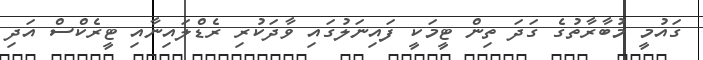
ގައުމީ މުބާރާތުގެ ގަދަ ތިން ޓީމަކީ ފައިނަލުގައި ވާދަކުރި ރެޑްލައިނާއި ޓީރެކްސް އަދި